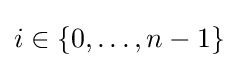
i\in \{0,\dots ,n-1\}